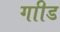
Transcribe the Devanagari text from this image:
गाीड